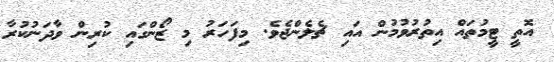
އޮތީ ޓީމުތައް އިތުރުވުމުން އައި ޗެލެންޖެވެ. މިފަހަރު މި ޒޯންގައި ކުރިން ވާދަނުކުރާ